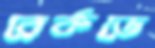
রের্কডে